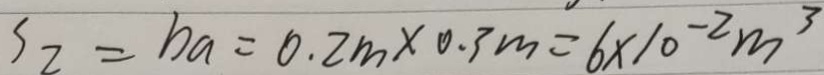
S _ { 2 } = b _ { a } = 0 . 2 m \times 0 . 3 m = 6 \times 1 0 ^ { - 2 } m ^ { 3 }